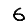
Digit: 6